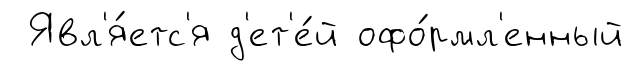
Явл'я́етс'я д'ет'е́й офо́рмл'енный